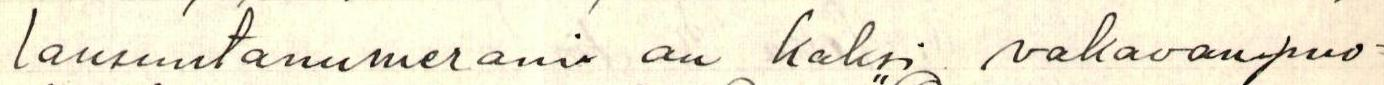
lausuntanumerania on kaksi vakavanpuo-